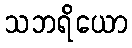
သဘရိယော